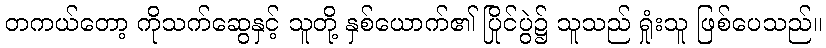
တကယ်တော့ ကိုသက်ဆွေနှင့် သူတို့ နှစ်ယောက်၏ ပြိုင်ပွဲ၌ သူသည် ရှုံးသူ ဖြစ်ပေသည်။